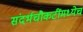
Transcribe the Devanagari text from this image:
संदर्भचौकटींमध्येच